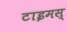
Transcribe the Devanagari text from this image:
टाइमस्